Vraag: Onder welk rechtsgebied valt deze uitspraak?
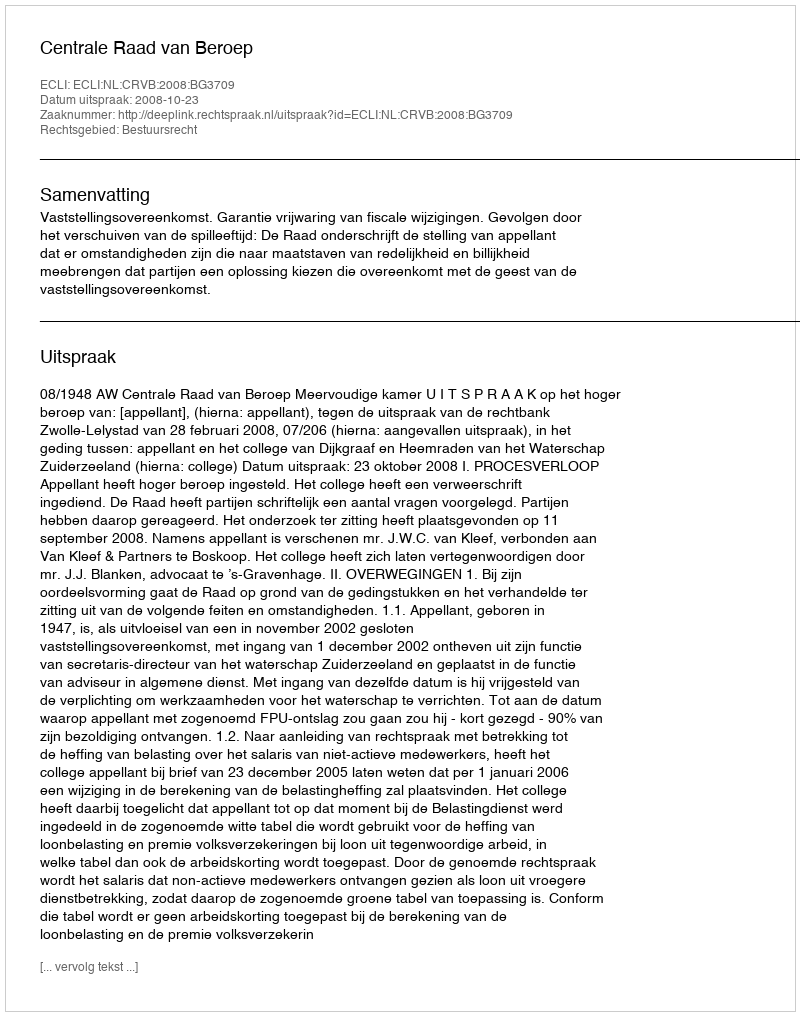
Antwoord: Bestuursrecht